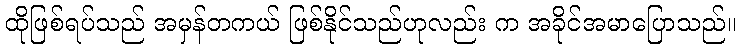
ထိုဖြစ်ရပ်သည် အမှန်တကယ် ဖြစ်နိုင်သည်ဟုလည်း က အခိုင်အမာပြောသည်။